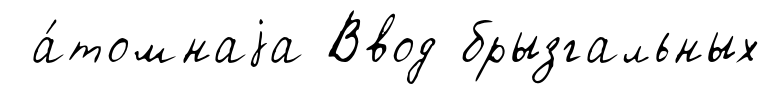
а́томнаjа Ввод брызгальных